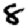
Digit: 8